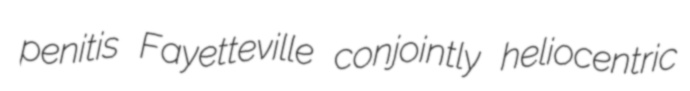
penitis Fayetteville conjointly heliocentric